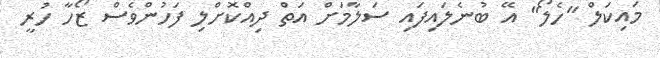
މައިކަލް "ހެލޯ" އޭ ބުނެލައިފައި ސަލާމަށް އަތް ދިއްކޮށްލި ފަހުންވެސް ޒޯހާ ހުރީ